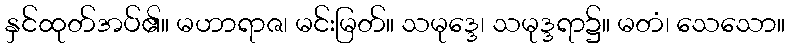
နှင်ထုတ်အပ်၏။ မဟာရာဇ၊ မင်းမြတ်။ သမုဒ္ဒေ၊ သမုဒ္ဒရာ၌။ မတံ၊ သေသော။